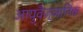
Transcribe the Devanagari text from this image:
आयुवैज्ञानिक